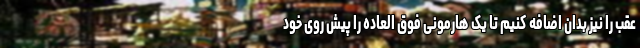
عقب را نیز بدان اضافه کنیم تا یک هارمونی فوق العاده را پیش روی خود